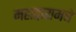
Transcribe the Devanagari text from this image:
महाद्वारामधे